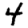
Digit: 4